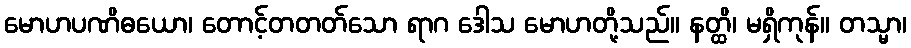
မောဟပဏိဓယော၊ တောင့်တတတ်သော ရာဂ ဒေါသ မောဟတို့သည်။ နတ္ထိ၊ မရှိကုန်။ တသ္မာ၊